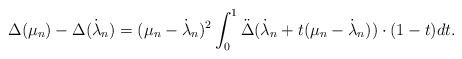
\begin{align*}\Delta(\mu_n)- \Delta(\dot \lambda_n)= (\mu_n-\dot\lambda_n)^2\int_0^1 \ddot \Delta(\dot \lambda_n+t(\mu_n-\dot \lambda_n))\cdot (1-t)dt.\end{align*}